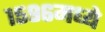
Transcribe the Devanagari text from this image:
१५९६मध्ये